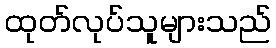
ထုတ်လုပ်သူများသည်